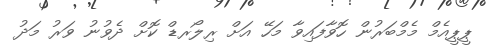
ޕީޕީއެމް މެމްބަރުން ހޮވާފައިވާ މަހޭ އަށް ރިލޯރޑް ކޮށް ދެވުނު ވަރު މަދު